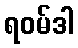
ရဝမ်ဒါ